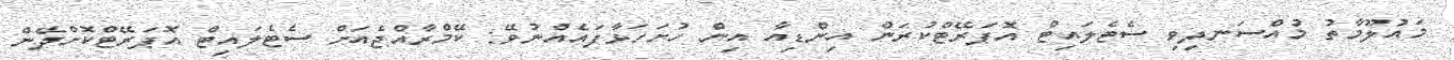
މައުލޫމާތު މުއްސަނދިވި ސެޓެލައިޓް އޮޕަރޭޓްކުރަން އިންޑިއާ އިން ހުށަހަޅާފައެއްނުވޭ: ކޭމްރާއްޖެއަށް ސެޓެލައިޓް އޮޕަރޭޓްކޮށްދޭން